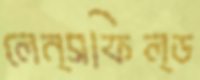
লেন্সফিল্ড